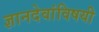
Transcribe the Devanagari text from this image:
ज्ञानदेवांविषयी